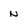
Character: N